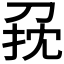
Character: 𠜭